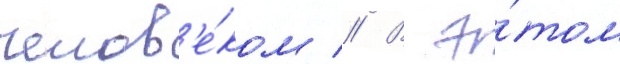
челов'е́ком // В э́том